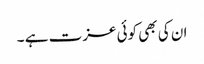
ان کی بھی کوئی عزت ہے ۔